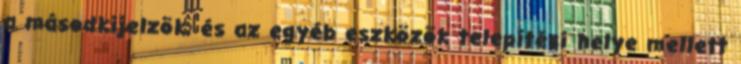
a másodkijelzõk, és az egyéb eszközök telepítési helye mellett